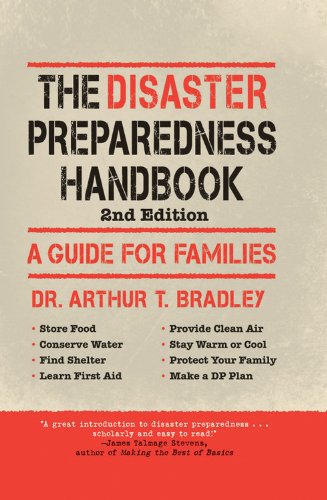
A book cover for The Disaster Preparedness Handbook: A Guide For Families; Arthur T. Bradley; Health, Fitness & Dieting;